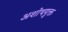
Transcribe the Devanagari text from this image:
अशोथयुक्त